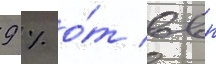
9 % о́т ввп